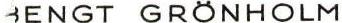
BENGT GRÖHOLM